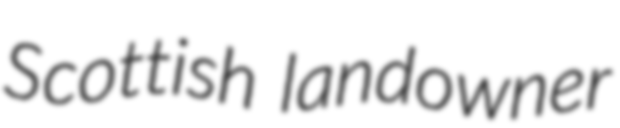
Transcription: Scottish landowner